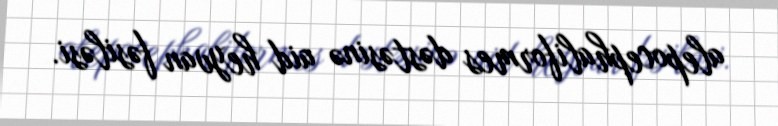
alepocephaliformes dəstəsinə aid heyvan fəsiləsi.